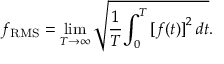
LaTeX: f _ { \mathrm { R M S } } = \operatorname* { l i m } _ { T \rightarrow \infty } { \sqrt { { \frac { 1 } { T } } { \int _ { 0 } ^ { T } { [ f ( t ) ] } ^ { 2 } \, d t } } } .